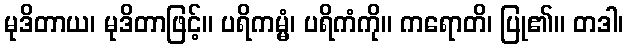
မုဒိတာယ၊ မုဒိတာဖြင့်။ ပရိကမ္မံ၊ ပရိကံကို။ ကရောတိ၊ ပြု၏။ တဒါ၊